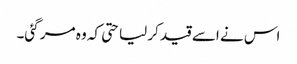
اس نے اسے قید کر لیا حتی کہ وہ مر گئی۔